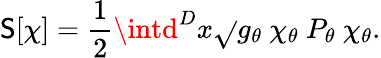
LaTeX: \mathsf{S}[\chi]={\frac{{1}}{{2}}}\intd^{D}x\sqrt{}{{g_{\theta}}}\ \chi_{\theta}\ P_{\theta}\ \chi_{\theta}.